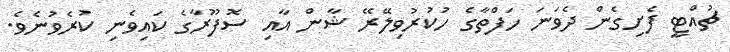
ޗުއްޓީ ފެށިގެން ދެވަނަ ހަފްތާގެ ހުކުރުވިލޭރޭ ޝާން އާއި ސޮފޫރާގެ ކައިވެނި ކުރެވުނެވެ.